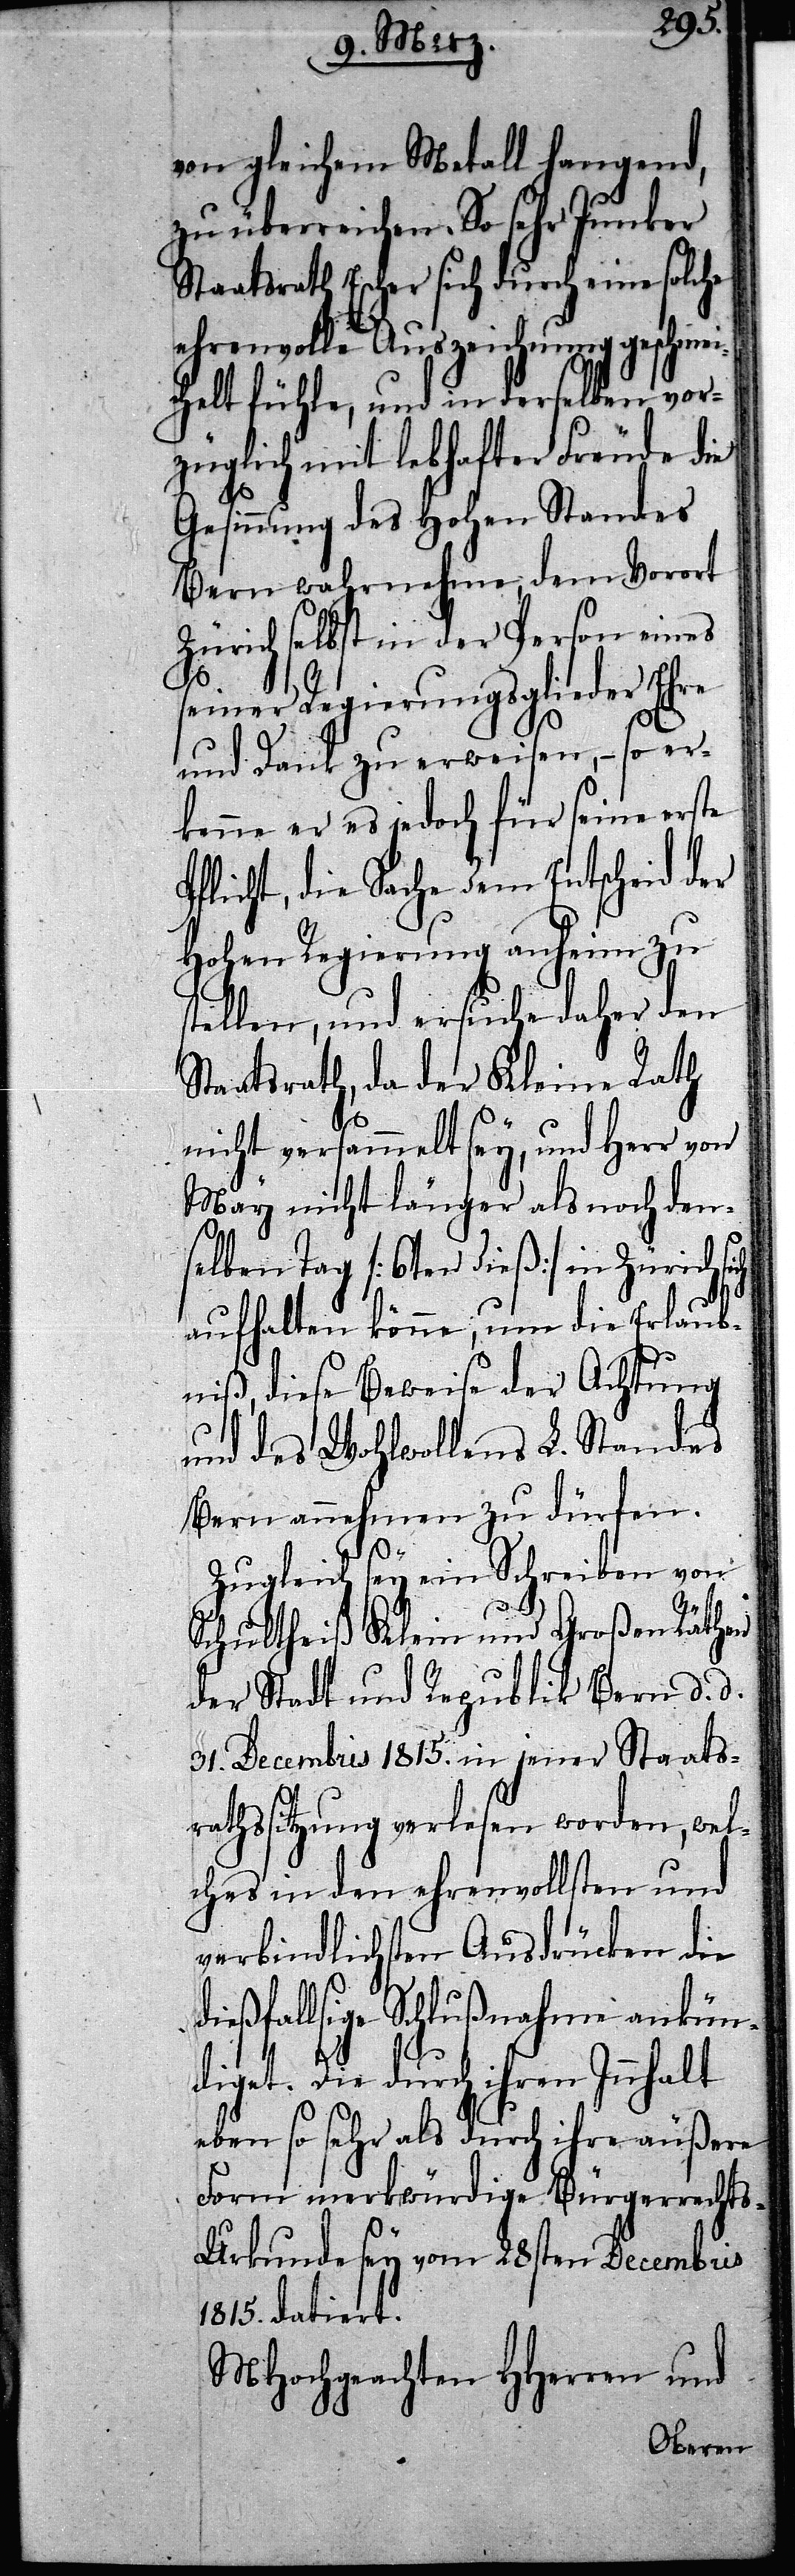
von gleichem Metall hangend,
zu überreichen. So sehr Junker
Staatsrath Escher sich durch eine solche
ehrenvolle Auszeichnung geschmei¬
chelt fühle, und in derselben vor¬
züglich mit lebhafter Freude die
Gesinnung des Hohen Standes
Bern wahrnehme, dem Vorort
Zürich selbst in der Person eines
seiner Regierungsglieder Ehre
und Dank zu erweisen, – so er¬
kenne er es jedoch für seine erste
flicht, die Sache dem Entscheid der
Hohen Regierung anheim zu
stellen, und ersuche daher den
Staatsrath, da der Kleine Rath
nicht versammelt sey, und Herr von
May nicht länger als noch den¬
selben Tag [6ten dieß] in Zürich
aufhalten könne, um die Erlaub¬
niß, diese Beweise der Achtung
und des Wohlwollens L. Standes
Bern annehmen zu dürfen.
P¬
Zugleich sey ein Schreiben von
Schultheiß Klein und Großen Räthen
der Stadt und Republik Bern d. d.
31. Decembris 1815. in jener Staats¬
rathssitzung verlesen worden, wel¬
ches in den ehrenvollsten und
verbindlichsten Ausdrücken die
dießfallsige Schlußnahme ankün¬
diget. Die durch ihren Innhalt
eben so sehr als durch ihre äußere
Form merkwürdige Bürgerrechts-U¬
rkunde sey vom 28sten Decembris
1815. datiert.
MHochgeachten HHerren und